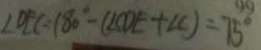
\angle O E C = 1 8 0 ^ { \circ } - ( \angle O D E + \angle C ) = 7 5 ^ { \circ }